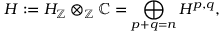
H : = H _ { \mathbb { Z } } \otimes _ { \mathbb { Z } } \mathbb { C } = \bigoplus _ { p + q = n } H ^ { p , q } ,